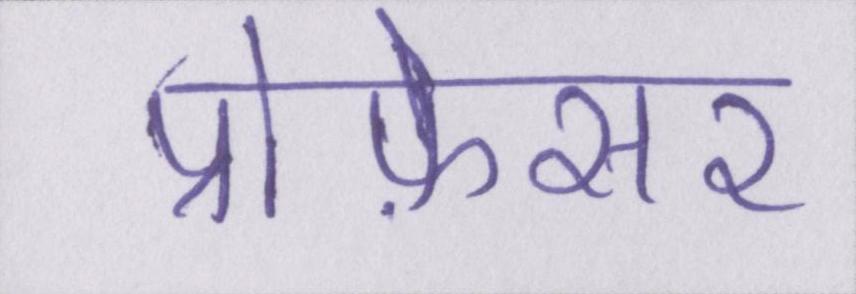
प्रोफ़ेसर